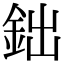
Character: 鈯